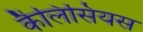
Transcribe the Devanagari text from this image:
कैलिसियस